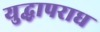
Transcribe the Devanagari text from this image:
युद्धापराध